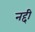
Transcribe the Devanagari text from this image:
नद्दी